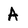
Character: A